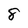
Character: 8